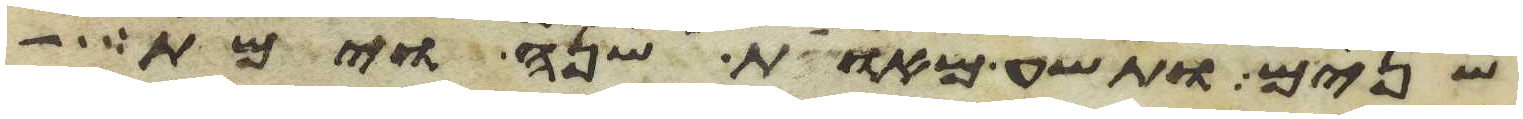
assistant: שנים ותשע מאות שנה וימת